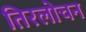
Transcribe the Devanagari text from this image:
तिरलोचन